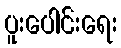
ပူးပေါင်းရေး